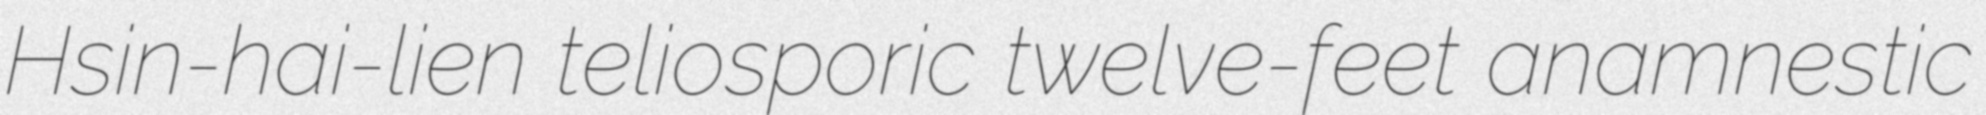
Hsin-hai-lien teliosporic twelve-feet anamnestic